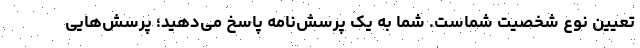
تعیین نوع شخصیت شماست. شما به یک پرسش‌نامه پاسخ می‌دهید؛ پرسش‌هایی